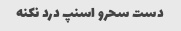
دست سحرو اسنپ درد نکنه